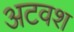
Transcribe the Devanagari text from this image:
अटवश